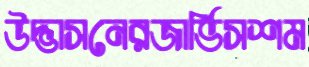
উদ্ভাসনেরজার্ভিসশম